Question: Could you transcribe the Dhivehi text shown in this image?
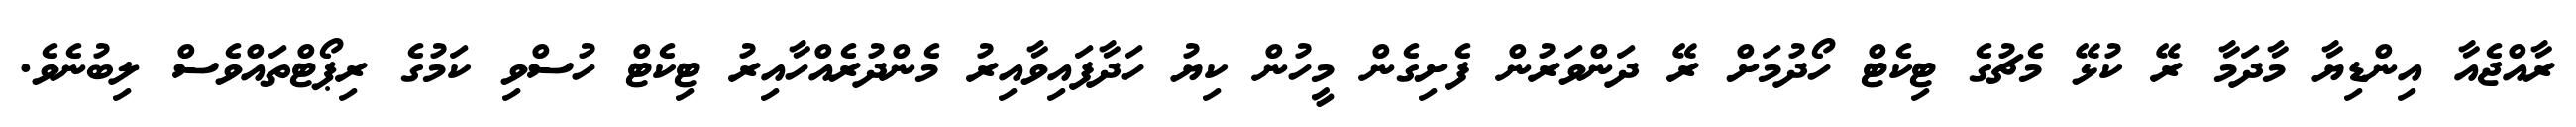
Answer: ރާއްޖެއާ އިންޑިޔާ މާދަމާ ރޭ ކުޅޭ މެޗުގެ ޓިކެޓް ހޯދުމަށް ރޭ ދަންވަރުން ފެށިގެން މީހުން ކިޔު ހަދާފައިވާއިރު މެންދުރެއްހާއިރު ޓިކެޓް ހުސްވި ކަމުގެ ރިޕޯޓްތައްވެސް ލިބުނެވެ.